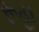
રૂહા